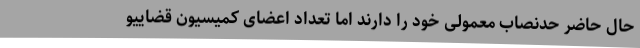
حال حاضر حدنصاب معمولی خود را دارند اما تعداد اعضای کمیسیون قضاییو